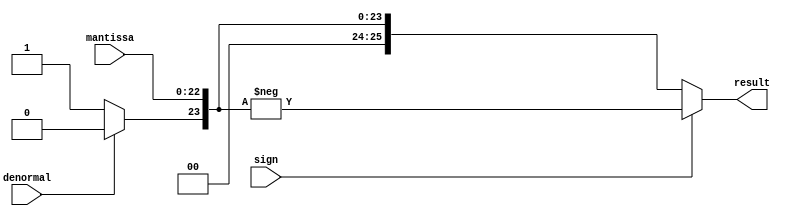
module mantissa_decode (
    sign,
    mantissa,
    denormal,
    result
);

input sign;
input [22:0] mantissa;
input denormal;
output [25:0] result;

wire [2:0] prefix = (denormal == 1'b1) ? 3'b000 : 3'b001;
wire [25:0] resultu = {prefix, mantissa};

assign result = (sign == 1) ? -resultu : resultu;

endmodule